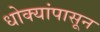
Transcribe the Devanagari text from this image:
धोक्यांपासून